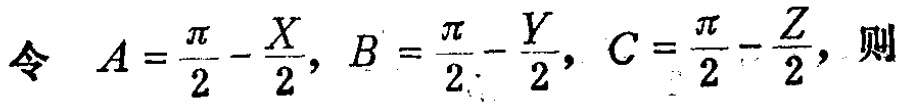
令 \(A = \frac{\pi}{2} - \frac{X}{2}, B = \frac{\pi}{2} - \frac{Y}{2}, C = \frac{\pi}{2} - \frac{Z}{2}\)，则